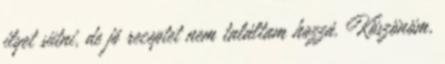
ilyet sütni, de jó receptet nem találtam hozzá. Köszönöm,